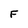
Character: F